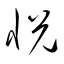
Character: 悦